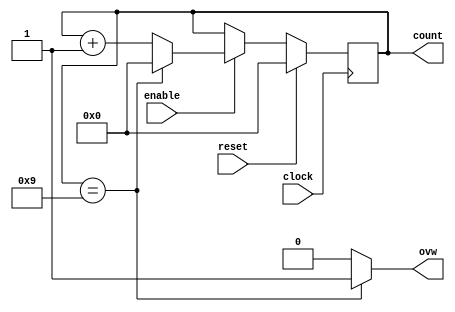
module digitCounter(
	input enable,
	input clock,
	input reset,
	output reg [3:0] count,
	output reg ovw
	);
	
reg [3:0] nextCount;

always @ (posedge clock)
begin
    count <= nextCount;
end

always @ (*)
begin
	if(reset)
		nextCount = 4'h0;
	else if(enable)
    begin
        if(count == 4'h9)
            nextCount = 4'h0;
        else 
	       nextCount = count + 4'h1;
    end
	else
	   nextCount = count;
end

always @ (*)
begin
if(count == 4'h9)
    ovw = 1'h1;
else 
    ovw = 1'h0;
end

endmodule